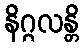
နိဂ္ဂလန္တိ